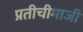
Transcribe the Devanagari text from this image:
प्रतीचीमाजीं